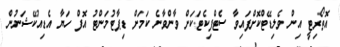
އޮތޯރިޓީ އިން ވެލިޑޭޓްކޮށްފައިވާ ސެޓްފިކެޓަކަށް ވާންވާނެ ކަމަށް ޑިޕާޓުމަންޓު އޮފް ހަޔާ އެޑިއުކޭޝަނުން